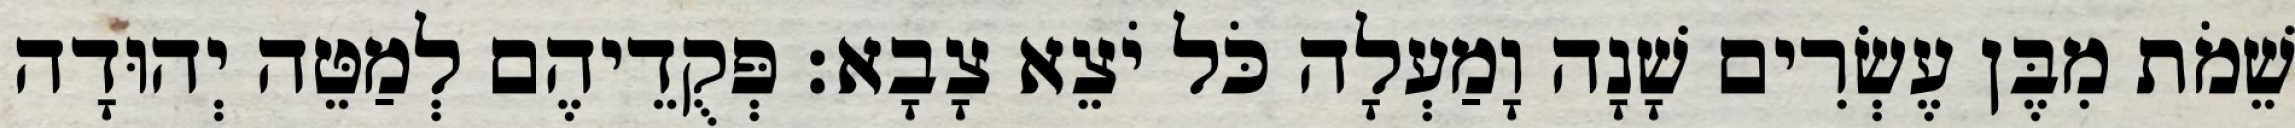
שֵׁמֹת מִבֶּן עֶשְׂרִים שָׁנָה וָמַעְלָה כֹּל יֹצֵא צָבָא׃ פְּקֻדֵיהֶם לְמַטֵּה יְהוּדָה